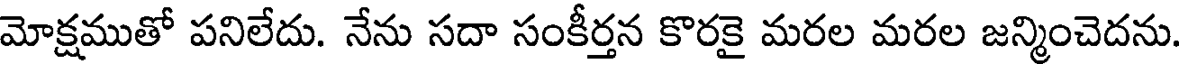
మోక్షముతో పనిలేదు. నేను సదా సంకీర్తన కొరకై మరల మరల జన్మించెదను